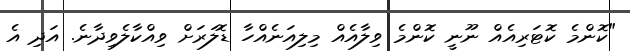
"ކޮންމެ ކޮޓަރިއެއް ނޫނީ ކޮންމެ ވިލާއެއް މިލިއަނެއްހާ ޑޮލަރަށް ވިއްކާލެވިދާނެ. އަދި އެ